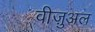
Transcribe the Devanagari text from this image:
वीज़ुअल